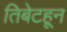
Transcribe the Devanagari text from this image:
तिबेटहून